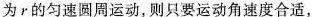
为r的匀速圆周运动，则只要运动角速度合适，